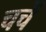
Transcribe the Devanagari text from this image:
चचें